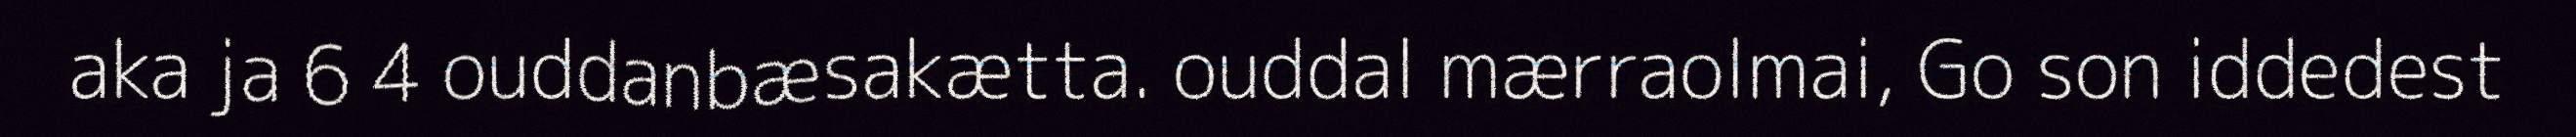
aka ja 6 4 ouddanbæsakætta. ouddal mærraolmai, Go son iddedest